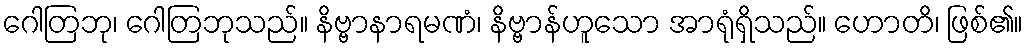
ဂေါတြဘု၊ ဂေါတြဘုသည်။ နိဗ္ဗာနာရမဏံ၊ နိဗ္ဗာန်ဟူသော အာရုံရှိသည်။ ဟောတိ၊ ဖြစ်၏။